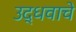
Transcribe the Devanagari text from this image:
उद्धवाचे